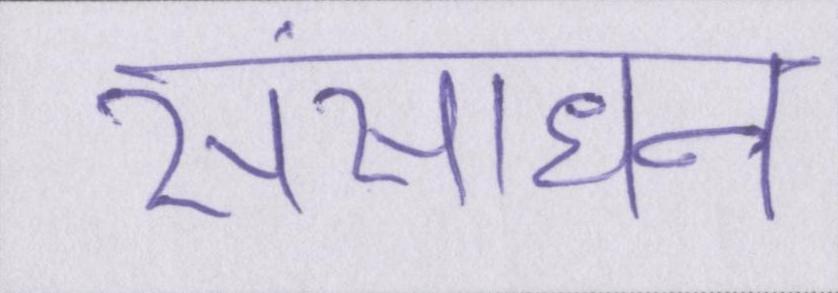
संसाधन